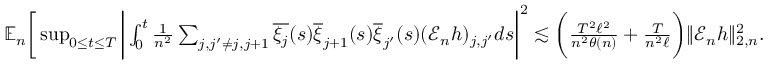
\begin{array} { r } { \mathbb { E } _ { n } \bigg [ \operatorname* { s u p } _ { 0 \le t \le T } \bigg | \int _ { 0 } ^ { t } \frac { 1 } { n ^ { 2 } } \sum _ { j , j ^ { \prime } \neq j , j + 1 } \overline { { \xi _ { j } } } ( s ) \overline { { \xi } } _ { j + 1 } ( s ) \overline { { \xi } } _ { j ^ { \prime } } ( s ) ( \mathscr { E } _ { n } h ) _ { j , j ^ { \prime } } d s \bigg | ^ { 2 } \lesssim \bigg ( \frac { T ^ { 2 } \ell ^ { 2 } } { n ^ { 2 } \theta ( n ) } + \frac { T } { n ^ { 2 } \ell } \bigg ) \| \mathscr { E } _ { n } h \| _ { 2 , n } ^ { 2 } . } \end{array}